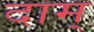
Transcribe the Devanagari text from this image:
दाम्